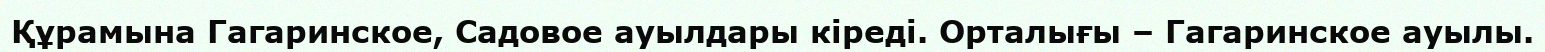
Құрамына Гагаринское, Садовое ауылдары кіреді. Орталығы – Гагаринское ауылы.